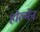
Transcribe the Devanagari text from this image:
होल्मेन